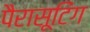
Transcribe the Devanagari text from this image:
पैरासूटिंग